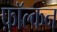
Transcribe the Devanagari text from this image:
फ़ॉल्कन